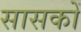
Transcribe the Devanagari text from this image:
सासकों